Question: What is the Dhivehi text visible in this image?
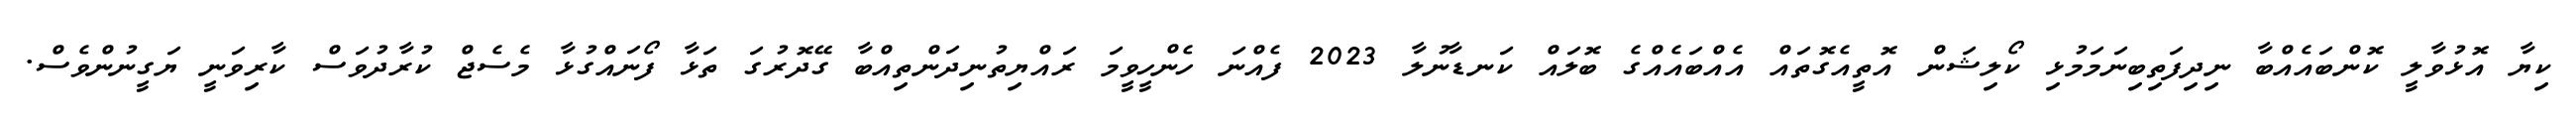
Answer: ކިޔާ އޮޅުވާލީ ކޮންބައެއްބާ ނިދިފަތިބިނަމަމުޅި ކޯލިޝަން އޮތީއެގޮތައް އެއްބައެއްގެ ބޮލައް ކަނޑާނުލާ 2023 ފެއްނަ ހެންހީވީމަ ރައްޔިތުނިދަންތިއްބާ ގޭދޮރުގަ ތަޅާ ފޯނައްގުޅާ މެސެޖް ކުރާދުވަސް ކާރިވަނީ ޔަގީނުންވެސް.